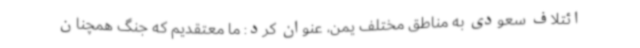
ائتلاف سعودی به مناطق مختلف یمن، عنوان کرد: ما معتقدیم که جنگ همچنان